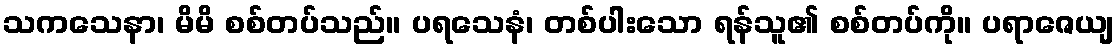
သကသေနာ၊ မိမိ စစ်တပ်သည်။ ပရသေနံ၊ တစ်ပါးသော ရန်သူ၏ စစ်တပ်ကို။ ပရာဇေယျ